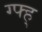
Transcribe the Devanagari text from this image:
ग्फ्ह्